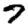
Digit: 7